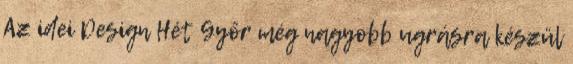
Az idei Design Hét Győr még nagyobb ugrásra készül